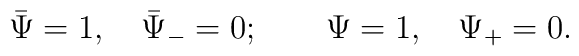
\bar\Psi=1,~~~ \bar\Psi_-=0;\qquad \Psi=1,~~~ \Psi_+=0.